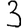
Digit: 3